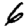
Digit: 6